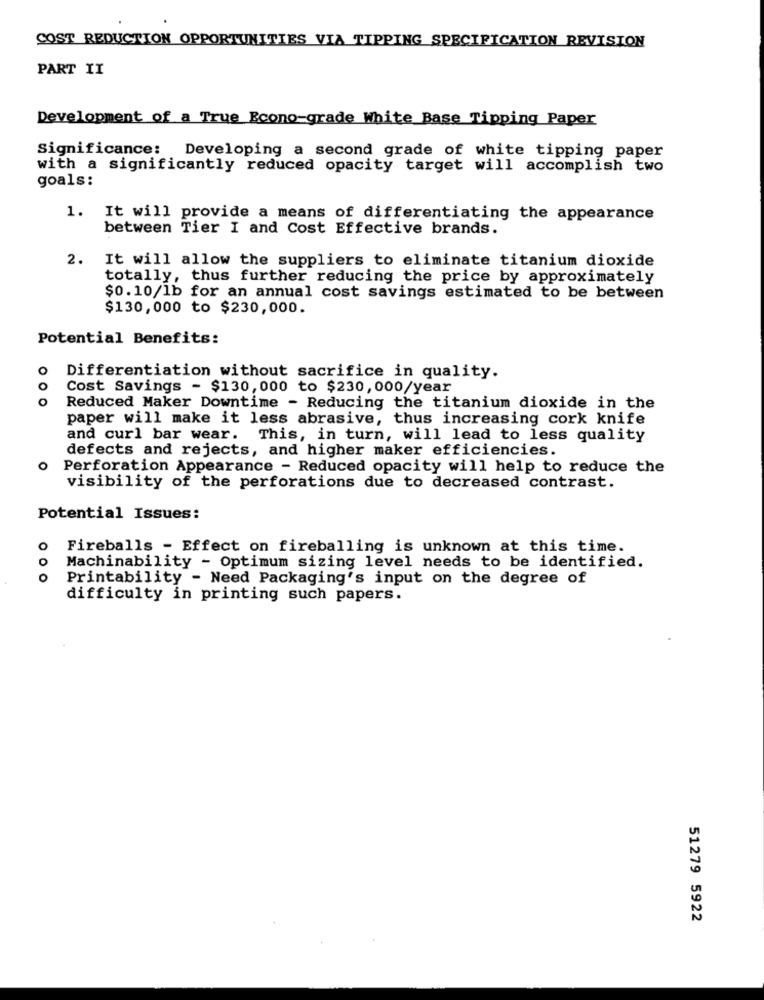
COST REDUCTION OPPORTUNITIES VIA TIPPING SPECIFICATION REVISION
PART II
Development of a True Econo-grade White Base Tipping Paper
Significance:
Developing a second grade of white tipping paper
with a significantly reduced opacity target will accomplish two
goals:
1. It will provide a means of differentiating the appearance
between Tier I and Cost Effective brands.
2.
It will allow the suppliers to eliminate titanium dioxide
totally, thus further reducing the price by approximately
$0.10/1b for an annual cost savings estimated to be between
$130,000 to $230,000.
Potential Benefits:
O
Differentiation without sacrifice in quality.
o
Cost Savings - $130, 000 to $230, 000/year
o
Reduced Maker Downtime - Reducing the titanium dioxide in the
paper will make it less abrasive, thus increasing cork knife
and curl bar wear. This, in turn, will lead to less quality
defects and rejects, and higher maker efficiencies.
O
Perforation Appearance - Reduced opacity will help to reduce the
visibility of the perforations due to decreased contrast.
Potential Issues:
o
Fireballs - Effect on fireballing is unknown at this time.
O
Machinability - Optimum sizing level needs to be identified.
0
Printability - Need Packaging's input on the degree of
difficulty in printing such papers.
51279 5922